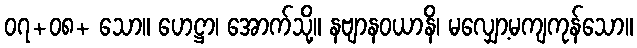
၀၇+၀၈+ သော။ ဟေဋ္ဌာ၊ အောက်သို့။ နဗျာနဝယာနိ၊ မလျှော့မကျကုန်သော။